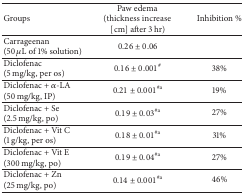
<table><thead><tr><td><b>Groups </b></td><td><b>Paw edema (thickness increase[cm] after 3 hr)</b></td><td><b>Inhibition %</b></td></tr></thead><tbody><tr><td>Carrageenan (50 <i>μ</i>L of 1% solution) </td><td>0.26 ± 0.06</td><td> </td></tr><tr><td>Diclofenac (5 mg/kg, per os)</td><td>0.16 ± 0.001<sup>#</sup></td><td>38%</td></tr><tr><td>Diclofenac + <i>α</i>-LA (50 mg/kg, IP)</td><td>0.21 ± 0.001<sup>#a</sup></td><td>19%</td></tr><tr><td>Diclofenac + Se (2.5 mg/kg, po)</td><td>0.19 ± 0.03<sup>#a</sup></td><td>27%</td></tr><tr><td>Diclofenac + Vit C (1 g/kg, per os)</td><td>0.18 ± 0.01<sup>#a</sup></td><td>31%</td></tr><tr><td>Diclofenac + Vit E (300 mg/kg, po)</td><td>0.19 ± 0.04<sup>#a</sup></td><td>27%</td></tr><tr><td>Diclofenac + Zn (25 mg/kg, po)</td><td>0.14 ± 0.001<sup>#a</sup></td><td>46%</td></tr></tbody></table>